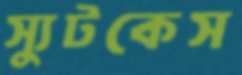
স্যুটকেস